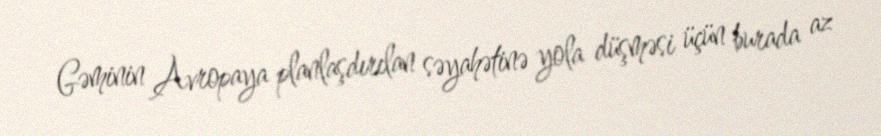
Gəminin Avropaya planlaşdırılan səyahətinə yola düşməsi üçün burada az